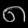
Digit: ၈